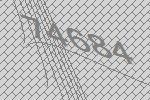
74684